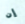
إن